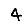
Digit: 4